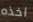
اخذه